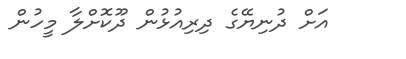
އަށް ދުނިޔޭގެ ދިރިއުޅުން ދޫކޮށްލާ މީހުން